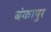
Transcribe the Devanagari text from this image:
बंकापुर